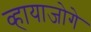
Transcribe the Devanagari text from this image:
व्हायाजोगे